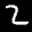
Label: 2